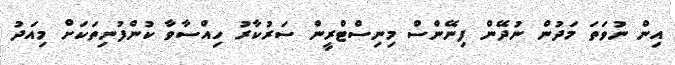
އިން ނުވަތަ މަދުން ނުދޭން ފިނޭންސް މިނިސްޓްރީން ސަރުކާރު ހިއްސާވާ ކުންފުނިތަކަށް މިއަދު